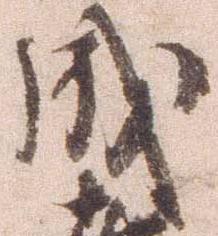
成